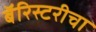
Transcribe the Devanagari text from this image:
बॅरिस्टरीचा